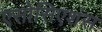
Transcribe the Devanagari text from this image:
एसोसिएशंस